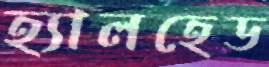
হ্যালহেড